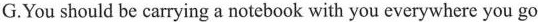
G.You should be carrying a notebook with you everywhere you go